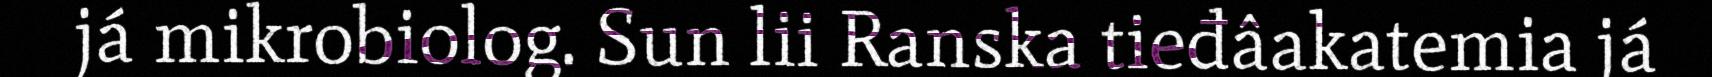
já mikrobiolog. Sun lii Ranska tieđâakatemia já